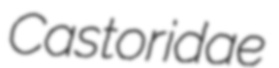
Castoridae